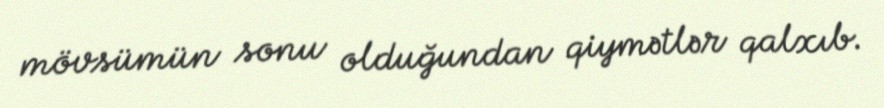
mövsümün sonu olduğundan qiymətlər qalxıb.